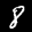
Label: 8